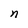
Character: n